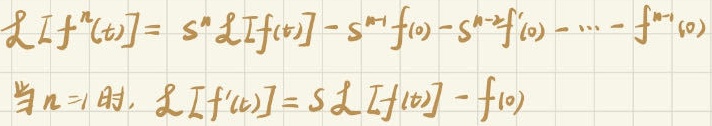
\[
\begin{align*}
&\mathcal{L}[f^{(n)}(t)] = s^{n}\mathcal{L}[f(t)]-s^{n - 1}f(0)-s^{n - 2}f^{\prime}(0)-\cdots - f^{(n - 1)}(0)\\
&\text{当}n = 1\text{ 时, }\mathcal{L}[f^{\prime}(t)]=s\mathcal{L}[f(t)] - f(0)
\end{align*}
\]